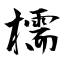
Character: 檽